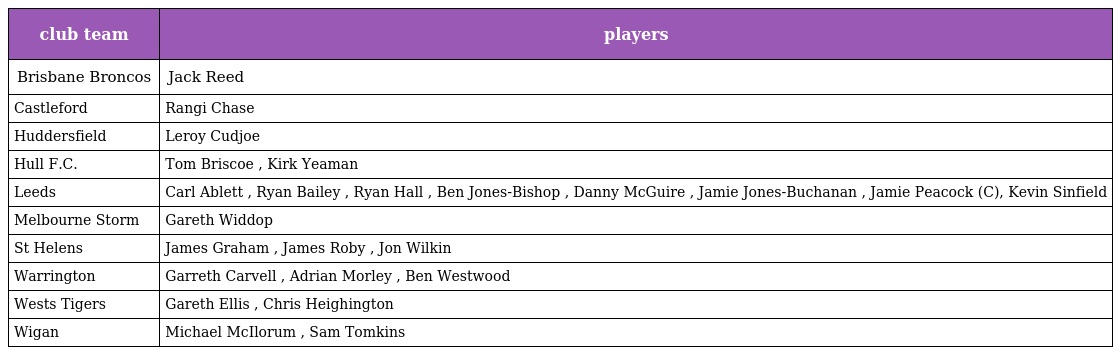
| club team | players |
 | --- | --- |
 | Brisbane Broncos | Jack Reed |
 | Castleford | Rangi Chase |
 | Huddersfield | Leroy Cudjoe |
 | Hull F.C. | Tom Briscoe , Kirk Yeaman |
 | Leeds | Carl Ablett , Ryan Bailey , Ryan Hall , Ben Jones-Bishop , Danny McGuire , Jamie Jones-Buchanan , Jamie Peacock (C), Kevin Sinfield |
 | Melbourne Storm | Gareth Widdop |
 | St Helens | James Graham , James Roby , Jon Wilkin |
 | Warrington | Garreth Carvell , Adrian Morley , Ben Westwood |
 | Wests Tigers | Gareth Ellis , Chris Heighington |
 | Wigan | Michael McIlorum , Sam Tomkins |